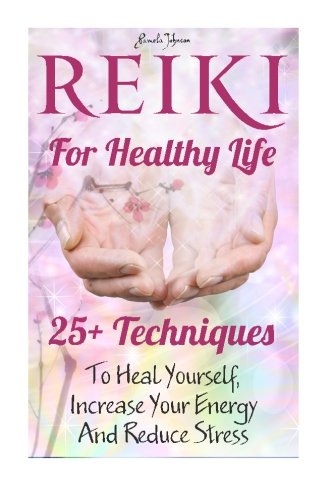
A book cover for Reiki For Healthy Life: 25+ Techniques To Heal Yourself, Increase Your Energy And Reduce Stress: (Reiki For Beginners, Reiki Healing, Reiki Symbols, ... and relaxation, reiki techniques) (Volume 1); Pamela Johnson; Religion & Spirituality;